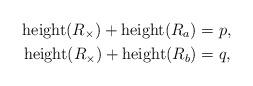
LaTeX: \begin{align*}\mathrm{height}(R_\times)+\mathrm{height}(R_a)&=p, \\\mathrm{height}(R_\times)+\mathrm{height}(R_b)&=q,\end{align*}